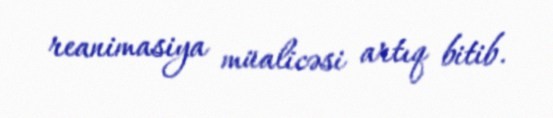
reanimasiya müalicəsi artıq bitib.